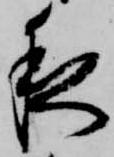
夜